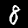
Digit: 8